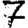
Digit: 7